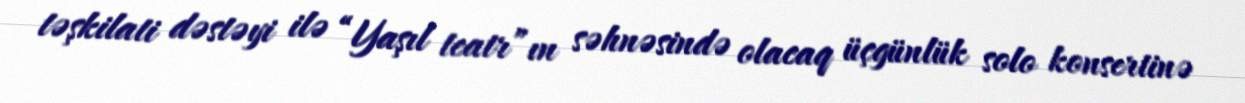
təşkilati dəstəyi ilə “Yaşıl teatr”ın səhnəsində olacaq üçgünlük solo konsertinə